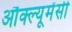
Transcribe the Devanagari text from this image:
औक्ल्यूमेंसी